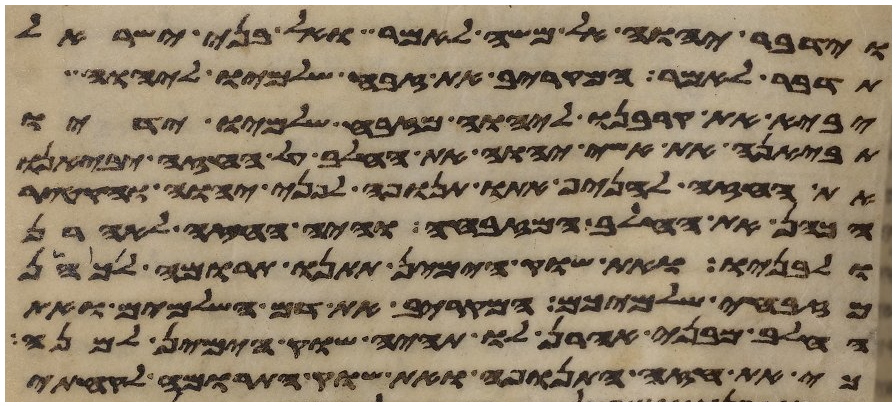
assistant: וידבר יהוה אל משה לאמר ואל בני ישראל
תדבר לאמר המקריב את זבח שלמיו ליהוה
יביא את קרבנו ליהוה מזבח שלמיו ידיו
תביאנה את אשי יהוה את החלב על החזה יביאנו
את החזה להניף אתו תנופה לפני יהוה והקטיר
הכהן את החלב המזבחה והיה החזה לאהרן
ולבניו ואת שוק הימין תתנו תרומה לכהן
מזבחי שלמיכם המקריב את דם השלמים ואת
החלב מבני אהרן לו תהיה שוק הימין למנה
כי את חזה התנופה ואת שוק התרומה לקחתי